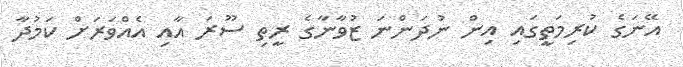
އޭނަގެ ކުރިމަތީގައި އިން ނުދަންނަ ޒުވާނާގެ ރީތި ސޫރަ އާއި އެއްވަރަށް ކަމުދާ